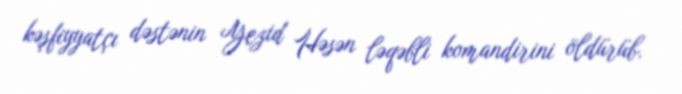
kəşfiyyatçı dəstənin Yezid Həsən ləqəbli komandirini öldürüb.